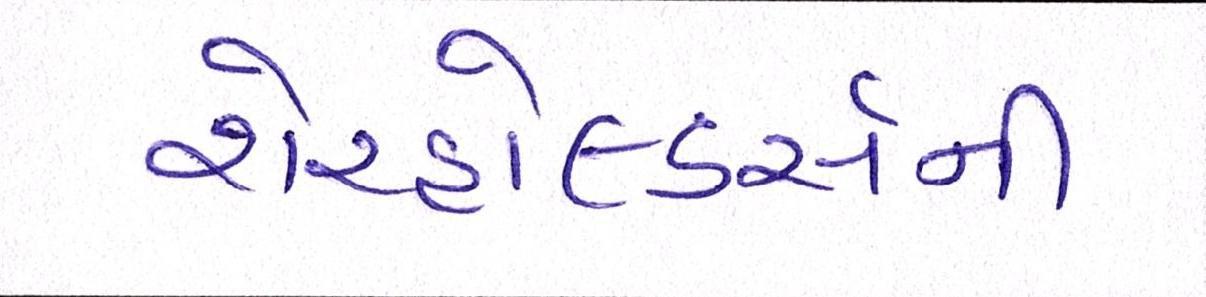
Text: શેરહોલ્ડર્સની